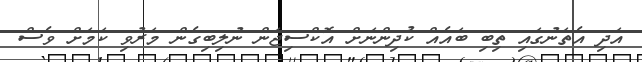
އަދި އެތަނުގައި ތިބި ބައެއް ކުދިންނަށް އޮކްސިޖަން ނުލިބިގެން މަރުވި ކަމަށް ވެސް